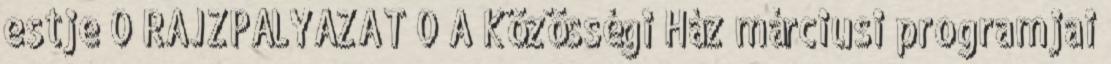
estje 0 RAJZPÁLYÁZAT 0 A Közösségi Ház márciusi programjai